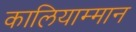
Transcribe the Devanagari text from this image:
कालियाम्मान